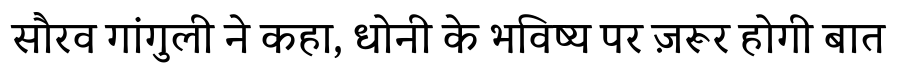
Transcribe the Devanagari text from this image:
सौरव गांगुली ने कहा, धोनी के भविष्य पर ज़रूर होगी बात